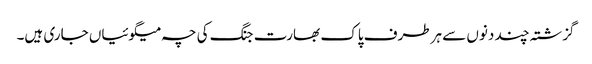
گزشتہ چند دنوں سے ہرطرف پاک بھارت جنگ کی چہ میگوئیاں جاری ہیں۔